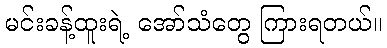
မင်းခန့်ထူးရဲ့ အော်သံတွေ ကြားရတယ်။